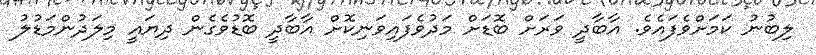
ލިބުނު ކަަމަށްވެފައެވެ. އާބާދީ ވަރަށް ބޮޑަށް މަދުވެފައިވަނިކޮށް އާބާދީ ބޮޑުވެގެން ދިޔައީ މިލަދުންމަޑުލު